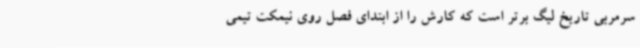
سرمربی تاریخ لیگ برتر است که کارش را از ابتدای فصل روی نیمکت تیمی